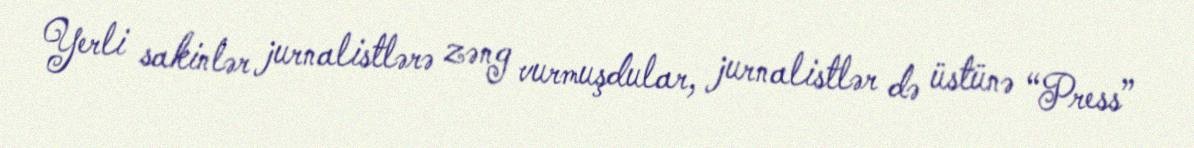
Yerli sakinlər jurnalistlərə zəng vurmuşdular, jurnalistlər də üstünə “Press”